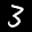
Label: 3